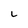
Character: L